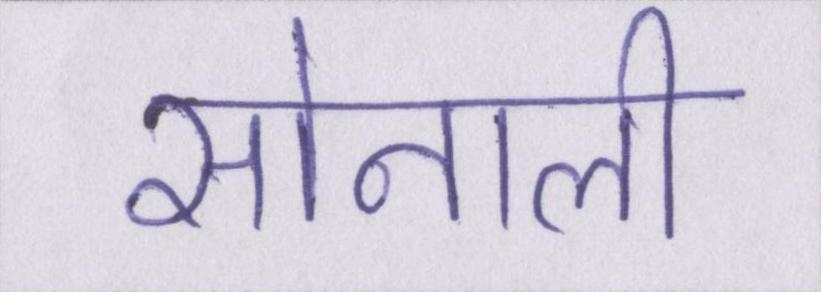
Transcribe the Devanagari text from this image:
सोनाली